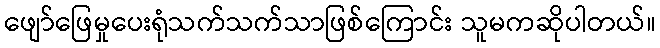
ဖျော်ဖြေမှုပေးရုံသက်သက်သာဖြစ်ကြောင်း သူမကဆိုပါတယ်။